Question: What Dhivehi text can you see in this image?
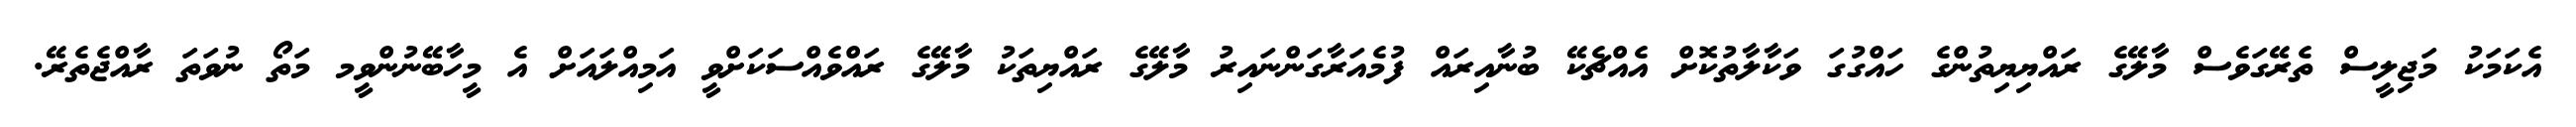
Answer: އެކަމަކު މަޖިލީސް ތެރޭގަވެސް މާލޭގެ ރައްޔިޔިތުންގެ ހައްގުގަ ވަކާލާތުކޮށް އެއްޗެކޭ ބުނާއިރައް ފުމެއަރާގަންނައިރު މާލޭގެ ރައްޔިތަކު މާލޭގެ ރައްވެއްސަކަށްވީ އަމިއްލައަށް އެ މީހާބޭނުންވީމ މަތޯ ނުވަތަ ރާއްޖެތެރޭ.